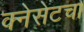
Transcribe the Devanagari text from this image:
क्नेसेटचा